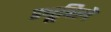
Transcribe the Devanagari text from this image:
ड्यूविले